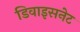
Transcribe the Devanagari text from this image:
डिवाइसनेट